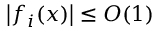
\left| f _ { i } ( x ) \right| \le { \cal { O } } ( 1 )